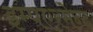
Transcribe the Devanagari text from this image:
इम्पएरमेन्ट